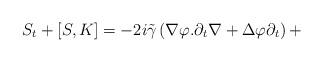
LaTeX: \begin{align*}S_{t}+\left[ S,K\right] =-2i\tilde{\gamma}\left( \nabla \varphi.\partial _{t}\nabla +\Delta \varphi \partial _{t}\right) + \end{align*}